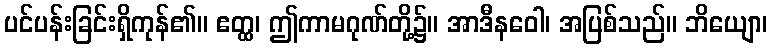
ပင်ပန်းခြင်းရှိကုန်၏။ ဧတ္ထ၊ ဤကာမဂုဏ်တို့၌။ အာဒီနဝေါ၊ အပြစ်သည်။ ဘိယျော၊